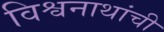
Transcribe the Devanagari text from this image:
विश्वनाथांची